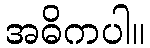
အဓိကပါ။